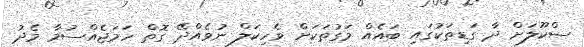
ސްކޫލަށް ދާ ގަޑިތަކުގައި ބައެއް މަގުތަކަށް ވެހިކަލް ނުވެއްދޭ ގޮތް ހަމަޖެއްސުމާ މެދު